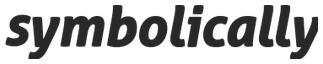
symbolically